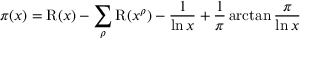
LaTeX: \pi ( x ) = \operatorname { R } ( x ) - \sum _ { \rho } \operatorname { R } ( x ^ { \rho } ) - { \frac { 1 } { \ln { x } } } + { \frac { 1 } { \pi } } \arctan { \frac { \pi } { \ln { x } } }